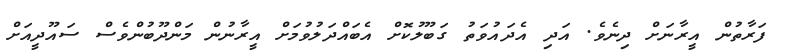
ފަރާތުން އީރާނަށް ދިނެވެ. އަދި އެދައުވަތު ގަބޫލުކޮށް އެބައްދަލުވުމަށް އީރާނުން މަންދޫބުންވެސް ސައޫދީއަށް